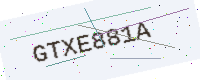
Text: GTXE881A